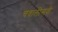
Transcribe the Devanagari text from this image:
चवालीसवीं